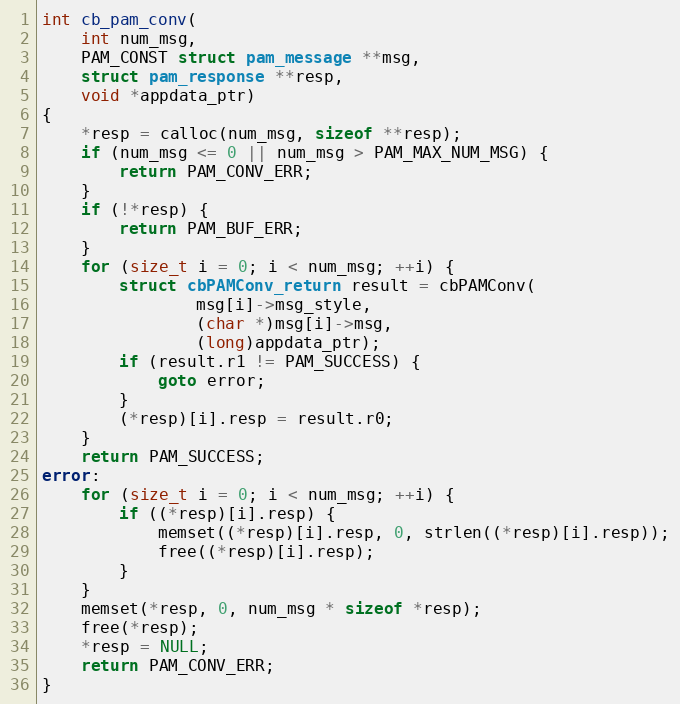
Language: C
int cb_pam_conv(
	int num_msg,
	PAM_CONST struct pam_message **msg,
	struct pam_response **resp,
	void *appdata_ptr)
{
	*resp = calloc(num_msg, sizeof **resp);
	if (num_msg <= 0 || num_msg > PAM_MAX_NUM_MSG) {
		return PAM_CONV_ERR;
	}
	if (!*resp) {
		return PAM_BUF_ERR;
	}
	for (size_t i = 0; i < num_msg; ++i) {
		struct cbPAMConv_return result = cbPAMConv(
				msg[i]->msg_style,
				(char *)msg[i]->msg,
				(long)appdata_ptr);
		if (result.r1 != PAM_SUCCESS) {
			goto error;
		}
		(*resp)[i].resp = result.r0;
	}
	return PAM_SUCCESS;
error:
	for (size_t i = 0; i < num_msg; ++i) {
		if ((*resp)[i].resp) {
			memset((*resp)[i].resp, 0, strlen((*resp)[i].resp));
			free((*resp)[i].resp);
		}
	}
	memset(*resp, 0, num_msg * sizeof *resp);
	free(*resp);
	*resp = NULL;
	return PAM_CONV_ERR;
}